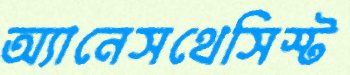
অ্যানেসথেসিস্ট